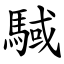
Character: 䮙